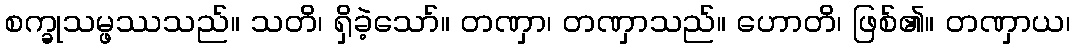
စက္ခုသမ္ဖဿသည်။ သတိ၊ ရှိခဲ့သော်။ တဏှာ၊ တဏှာသည်။ ဟောတိ၊ ဖြစ်၏။ တဏှာယ၊